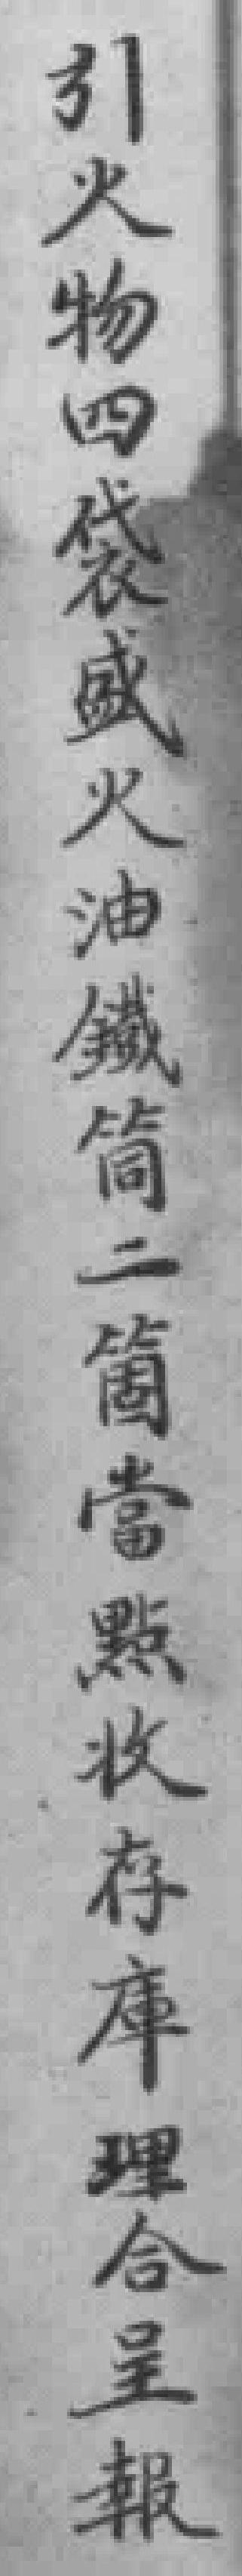
引火物四袋盛火油鐵筒二箇當點收存庫理合呈報